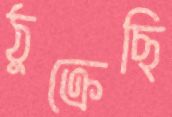
ঠুক্‌রেছি